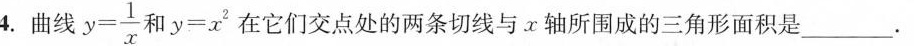
4.曲线 $$ y = \frac { 1 } { x }$$ 和$$y = x ^ { 2 } $$在它们交点处的两条切线与x轴所围成的三角形面积是___。